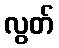
လွတ်